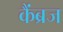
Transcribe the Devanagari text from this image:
कैंब्रज